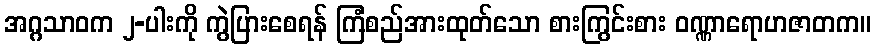
အဂ္ဂသာဝက ၂-ပါးကို ကွဲပြားစေရန် ကြံစည်အားထုတ်သော စားကြွင်းစား ဝဏ္ဏာရောဟဇာတက။